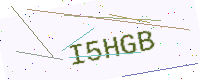
Text: I5HGB